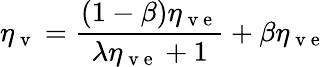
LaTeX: \eta_{\mathrm{~v~}}=\frac{(1-\beta)\eta_{\mathrm{~v~e~}}}{\lambda\eta_{\mathrm{~v~e~}}+1}+\beta\eta_{\mathrm{~v~e~}}